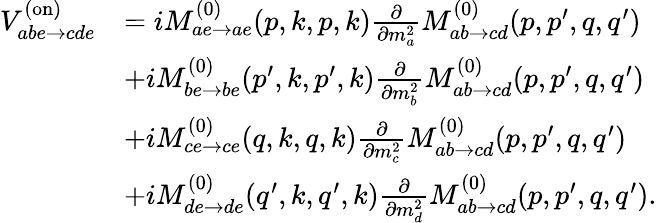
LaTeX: \begin{array}{rl}{V_{abe\to cde}^{(\mathrm{on})}}&{=iM_{ae\to ae}^{(0)}(p,k,p,k)\frac{\partial}{\partial m_{a}^{2}}M_{ab\to cd}^{(0)}(p,p^{\prime},q,q^{\prime})}\\ &{+iM_{be\to be}^{(0)}(p^{\prime},k,p^{\prime},k)\frac{\partial}{\partial m_{b}^{2}}M_{ab\to cd}^{(0)}(p,p^{\prime},q,q^{\prime})}\\ &{+iM_{ce\to ce}^{(0)}(q,k,q,k)\frac{\partial}{\partial m_{c}^{2}}M_{ab\to cd}^{(0)}(p,p^{\prime},q,q^{\prime})}\\ &{+iM_{de\to de}^{(0)}(q^{\prime},k,q^{\prime},k)\frac{\partial}{\partial m_{d}^{2}}M_{ab\to cd}^{(0)}(p,p^{\prime},q,q^{\prime}).}\end{array}